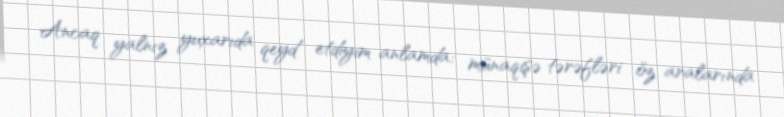
Ancaq yalnız yuxarıda qeyd etdiyim anlamda: münaqişə tərəfləri öz aralarında